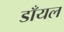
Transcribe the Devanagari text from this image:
डाँयल